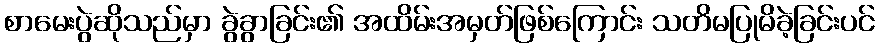
စာမေးပွဲဆိုသည်မှာ ခွဲခွာခြင်း၏ အထိမ်းအမှတ်ဖြစ်ကြောင်း သတိမပြုမိခဲ့ခြင်းပင်